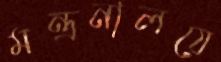
মন্ত্রনালয়ে